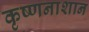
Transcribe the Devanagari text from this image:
कृष्णनाशान